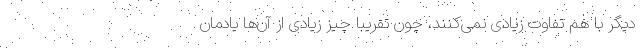
دیگر با هم تفاوت زیادی نمی‌کنند، چون تقریباً چیز زیادی از آن‌ها یادمان